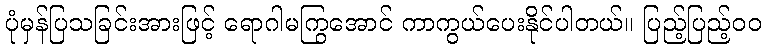
ပုံမှန်ပြသခြင်းအားဖြင့် ရောဂါမကြွအောင် ကာကွယ်ပေးနိုင်ပါတယ်။ ပြည့်ပြည့်ဝဝ